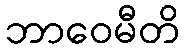
ဘာဝေမီတိ